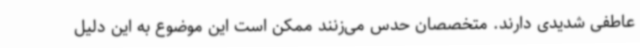
عاطفی شدیدی دارند. متخصصان حدس می‌زنند ممکن است این موضوع به این دلیل